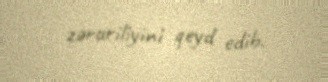
zəruriliyini qeyd edib.